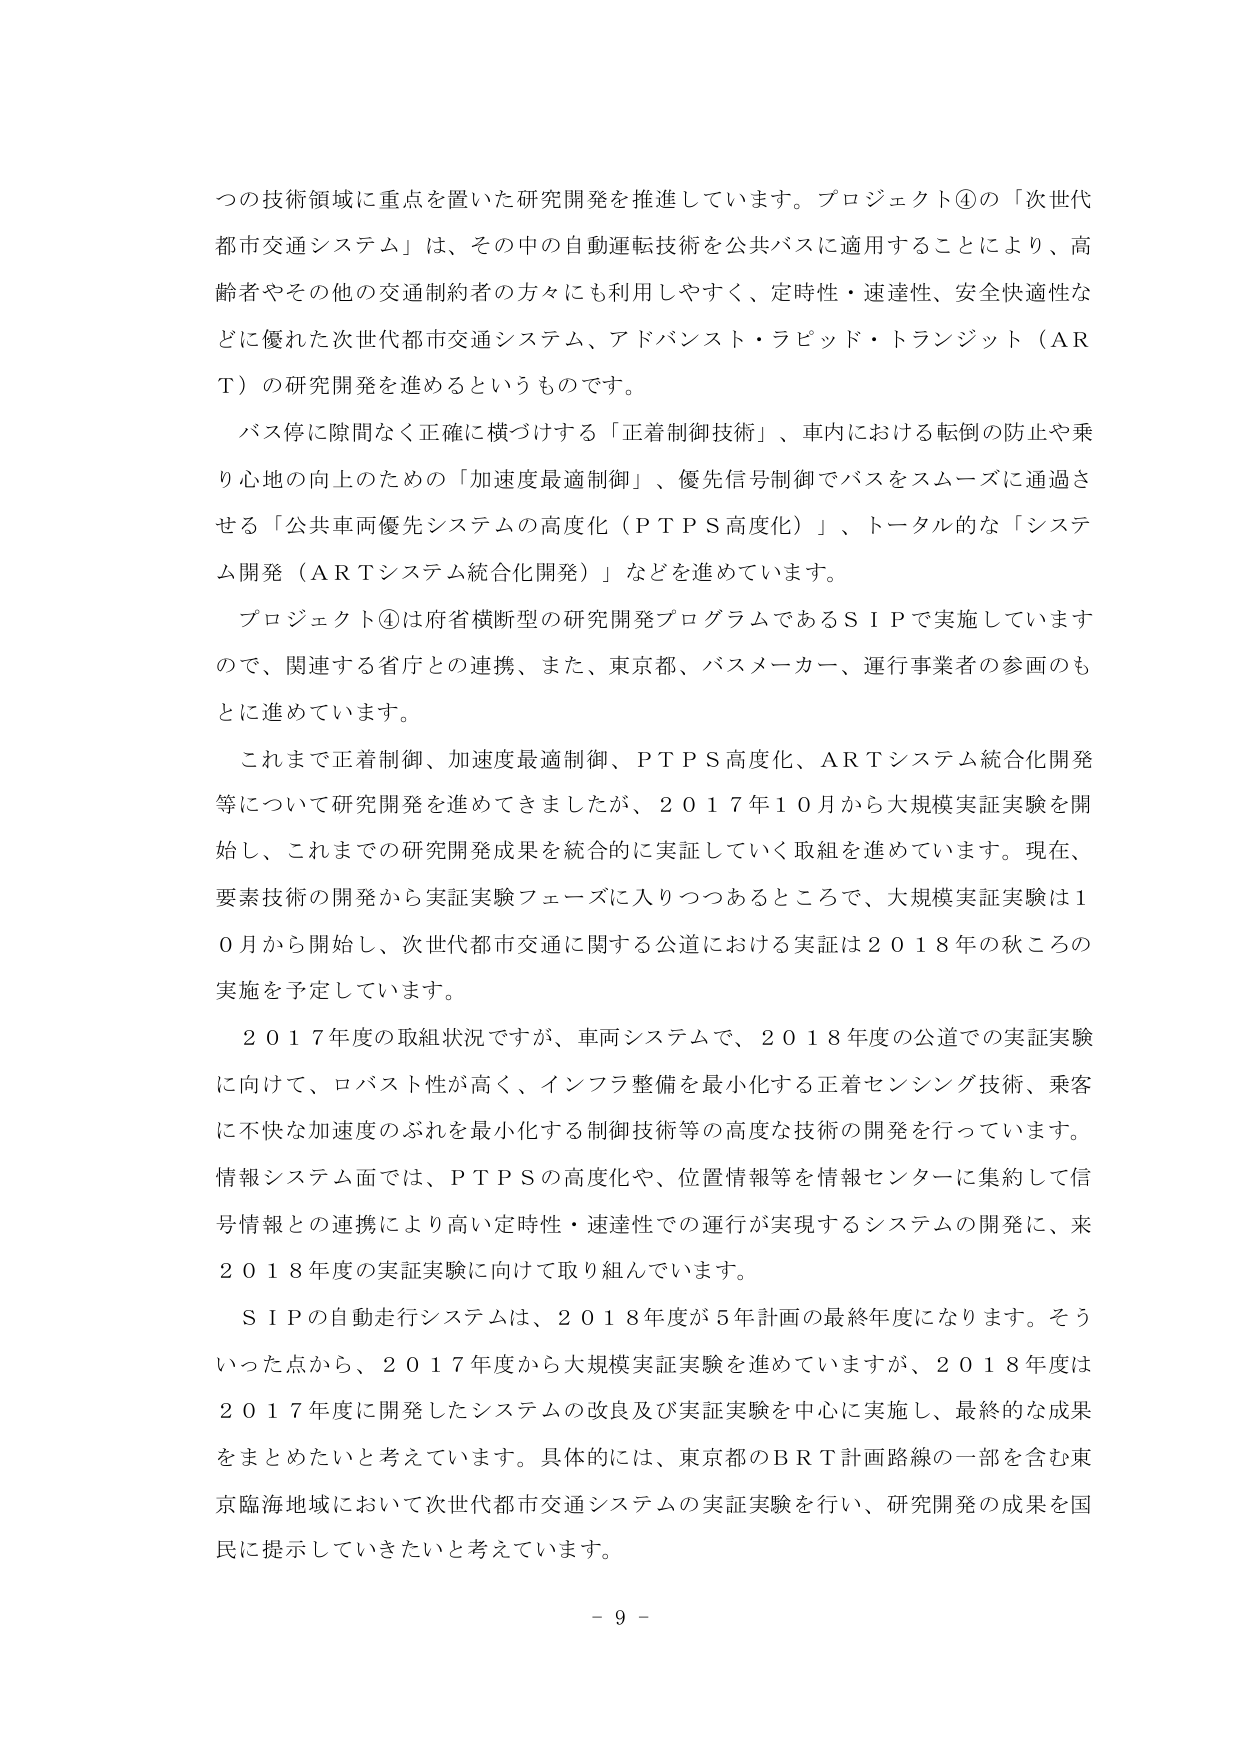
つの技術領域に重点を置いた研究開発を推進しています。プロジェクト④の「次世代都市交通システム」は、その中の自動運転技術を公共バスに適用することにより、高齢者やその他の交通制約者の方々にも利用しやすく、定時性・速達性、安全快適性などに優れた次世代都市交通システム、アドバンスト・ラピッド・トランジット（ＡＲＴ）の研究開発を進めるというものです。

バス停に隙間なく正確に横づけする「正着制御技術」、車内における転倒の防止や乗り心地の向上のための「加速度最適制御」、優先信号制御でバスをスムーズに通過させる「公共車両優先システムの高度化（ＰＴＰＳ高度化）」、トータル的な「システム開発（ＡＲＴシステム統合化開発）」などを進めています。

プロジェクト④は府省横断型の研究開発プログラムであるＳＩＰで実施していますので、関連する省庁との連携、また、東京都、バスメーカー、運行事業者の参画のもとに進めています。

これまで正着制御、加速度最適制御、ＰＴＰＳ高度化、ＡＲＴシステム統合化開発等について研究開発を進めてきましたが、２０１７年１０月から大規模実証実験を開始し、これまでの研究開発成果を統合的に実証していく取組を進めています。現在、要素技術の開発から実証実験フェーズに入りつつあるところで、大規模実証実験は１０月から開始し、次世代都市交通に関する公道における実証は２０１８年の秋ごろの実施を予定しています。

２０１７年度の取組状況ですが、車両システムで、２０１８年度の公道での実証実験に向けて、ロバスト性が高く、インフラ整備を最小化する正着センシング技術、乗客に不快な加速度のぶれを最小化する制御技術等の高度な技術の開発を行っています。情報システム面では、ＰＴＰＳの高度化や、位置情報等を情報センターに集約して信号情報との連携により高い定時性・速達性での運行が実現するシステムの開発に、来２０１８年度の実証実験に向けて取り組んでいます。

ＳＩＰの自動走行システムは、２０１８年度が５年計画の最終年度になります。そういった点から、２０１７年度から大規模実証実験を進めていますが、２０１８年度は２０１７年度に開発したシステムの改良及び実証実験を中心に実施し、最終的な成果をまとめたいと考えています。具体的には、東京都のＢＲＴ計画路線の一部を含む東京臨海地域において次世代都市交通システムの実証実験を行い、研究開発の成果を国民に提示していきたいと考えています。

－ 9 －